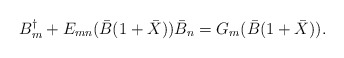
\begin{align*}B^{\dagger}_{m} + E_{mn}(\bar{B}(1+\bar{X}))\bar{B}_{n} = G_{m}(\bar{B}(1+\bar{X})). \end{align*}